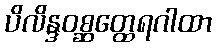
ပိလိန္ဒဝစ္ဆတ္ထေရဂါထာ